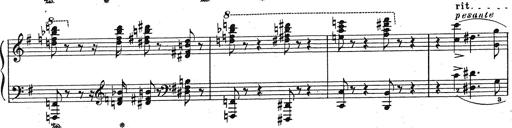
Title: Grosses Konzertsolo
Composer: Franz Liszt